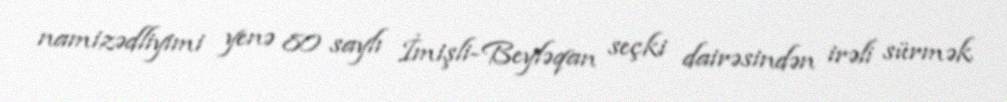
namizədliyimi yenə 80 saylı İmişli-Beyləqan seçki dairəsindən irəli sürmək